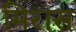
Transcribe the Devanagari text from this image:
मिरास